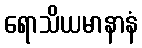
ရောသိယမာနာနံ